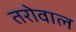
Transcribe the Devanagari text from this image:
तरोवाल